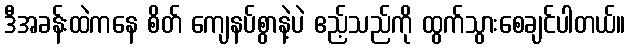
ဒီအခန်းထဲကနေ စိတ် ကျေနပ်စွာနဲ့ပဲ ဧည့်သည်ကို ထွက်သွားစေချင်ပါတယ်။